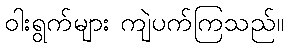
ဝါးရွက်များ ကျဲပက်ကြသည်။